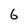
Character: 6